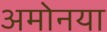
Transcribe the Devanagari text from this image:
अमोनया